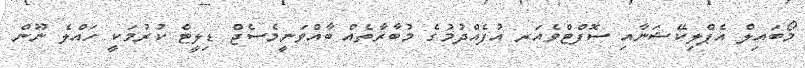
މޯބައިލް އެޕްލިކޭޝަނާއި ސޮފްޓްވެއަރ އުފެއްދުމުގެ މުބާރާތެއް ބާއްވަނީމެސެޖް ޑިލީޓް ކުރުމަކީ ހައްލެ ނޫން